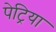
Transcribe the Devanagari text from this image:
पेट्रिया